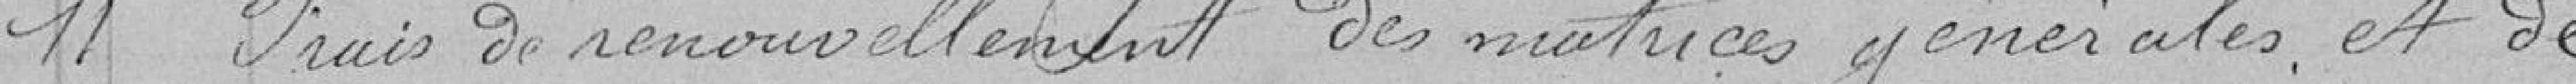
11 - Frais de renouvellement des matrices générales et de